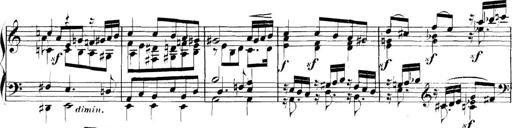
Title: Collected Piano Sonatas
Composer: Muzio Clementi